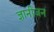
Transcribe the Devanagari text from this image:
ज्ञानीजन